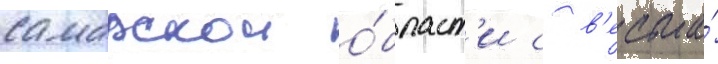
самарскои о́бласт'и с в'есьма́